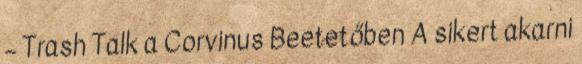
– Trash Talk a Corvinus Beetetőben A sikert akarni